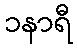
၁နာရီ